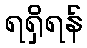
ရရှိရန်